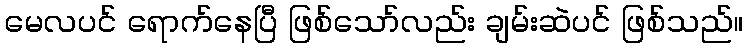
မေလပင် ရောက်နေပြီ ဖြစ်သော်လည်း ချမ်းဆဲပင် ဖြစ်သည်။